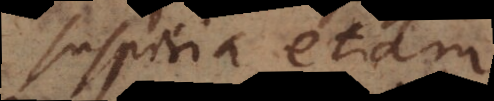
Suspiria etiam